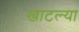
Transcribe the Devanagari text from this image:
खाटल्या